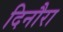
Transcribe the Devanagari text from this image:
दिनौरा